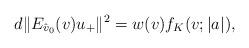
LaTeX: \begin{align*} d \|E_{\hat v_0}(v) u_+\|^2 = w(v) f_K(v;|a|), \end{align*}